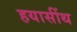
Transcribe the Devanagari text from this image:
हयासींथ